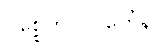
ပစ္စေကပလ္လင်္ကေန